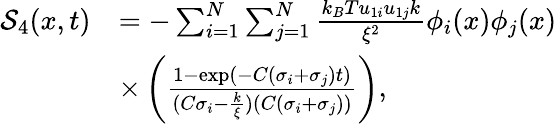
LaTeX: \begin{array}{rl}{\mathcal{S}_{4}(x,t)}&{=-\sum_{i=1}^{N}\sum_{j=1}^{N}\frac{k_{B}Tu_{1i}u_{1j}k}{\xi^{2}}\phi_{i}(x)\phi_{j}(x)}\\ &{\times\left(\frac{1-\exp(-C(\sigma_{i}+\sigma_{j})t)}{(C\sigma_{i}-\frac{k}{\xi})(C(\sigma_{i}+\sigma_{j}))}\right),}\end{array}